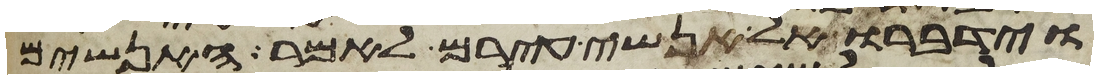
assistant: וידברו אל אנשי עירם לאמר האנשים